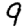
Digit: 9